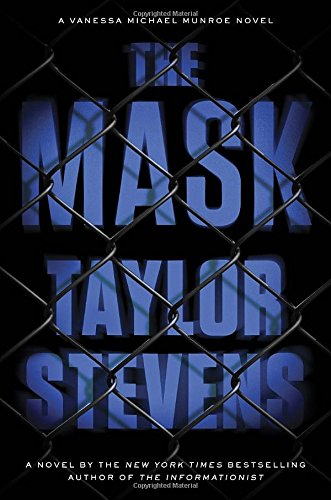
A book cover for The Mask; Taylor Stevens; Literature & Fiction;